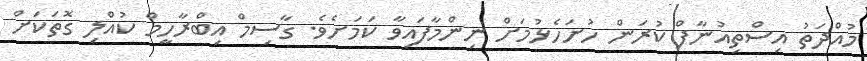
މުއްދަތު އިސްތިއުނާފް ކުރަން ހުށަހެޅުމަށް ނިންމާފައިވާ ކަމަށެވެ. ގާސިމް އިބްރާހީމް ކުއްލި ގޮތަކަށް